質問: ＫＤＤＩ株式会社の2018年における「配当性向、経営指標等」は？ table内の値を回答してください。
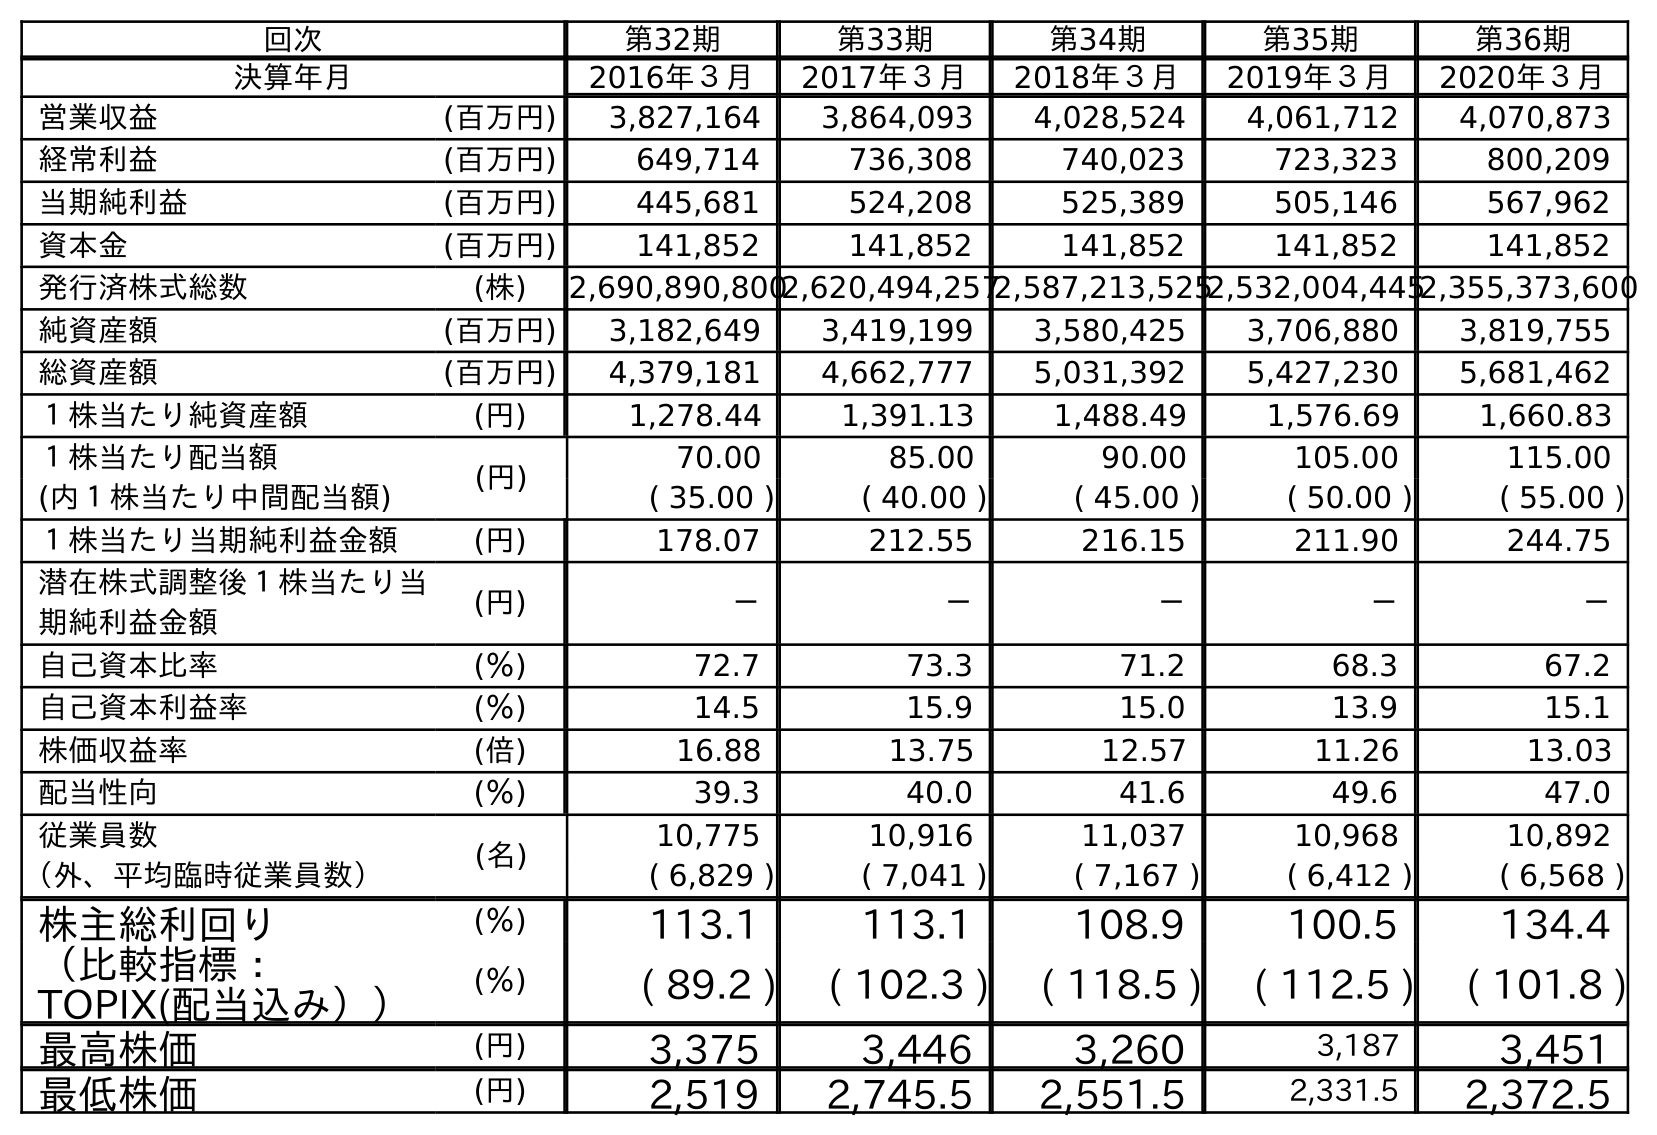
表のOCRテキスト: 回次 第32期 第33期 第34期 第35期 第36期 決算年月 2016年３月 2017年３月 2018年３月 2019年３月 2020年３月 営業収益 (百万円) 3,827,164 3,864,093 4,028,524 4,061,712 4,070,873 経常利益 (百万円) 649,714 736,308 740,023 723,323 800,209 当期純利益 (百万円) 445,681 524,208 525,389 505,146 567,962 資本金 (百万円) 141,852 141,852 141,852 141,852 141,852 発行済株式総数 (株) 2,690,890,8002,620,494,2572,587,213,5252,532,004,4452,355,373,600 純資産額 (百万円) 3,182,649 3,419,199 3,580,425 3,706,880 3,819,755 総資産額 (百万円) 4,379,181 4,662,777 5,031,392 5,427,230 5,681,462 １株当たり純資産額 (円) 1,278.44 1,391.13 1,488.49 1,576.69 1,660.83 １株当たり配当額 (円) 70.00 85.00 90.00 105.00 115.00 (内１株当たり中間配当額) ( 35.00 ) ( 40.00 ) ( 45.00 ) ( 50.00 ) ( 55.00 ) １株当たり当期純利益金額 (円) 178.07 212.55 216.15 211.90 244.75 潜在株式調整後１株当たり当 期純利益金額 (円) － － － － － 自己資本比率 (％) 72.7 73.3 71.2 68.3 67.2 自己資本利益率 (％) 14.5 15.9 15.0 13.9 15.1 株価収益率 (倍) 16.88 13.75 12.57 11.26 13.03 配当性向 (％) 39.3 40.0 41.6 49.6 47.0 従業員数 (名) 10,775 10,916 11,037 10,968 10,892 （外、平均臨時従業員数） ( 6,829 ) ( 7,041 ) ( 7,167 ) ( 6,412 ) ( 6,568 ) 株主総利回り (％) 113.1 113.1 108.9 100.5 134.4 （比較指標： TOPIX(配当込み）） (％) ( 89.2 ) ( 102.3 ) ( 118.5 ) ( 112.5 ) ( 101.8 ) 最高株価 (円) 3,375 3,446 3,260 3,187 3,451 最低株価 (円) 2,519 2,745.5 2,551.5 2,331.5 2,372.5
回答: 41.6